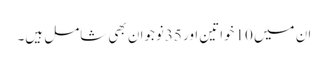
ان میں 10خواتین اور 35نوجوان بھی شامل ہیں۔